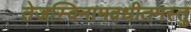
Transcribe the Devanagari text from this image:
तेजस्विनामवधीतमस्तु